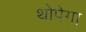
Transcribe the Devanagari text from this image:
थोपेगा